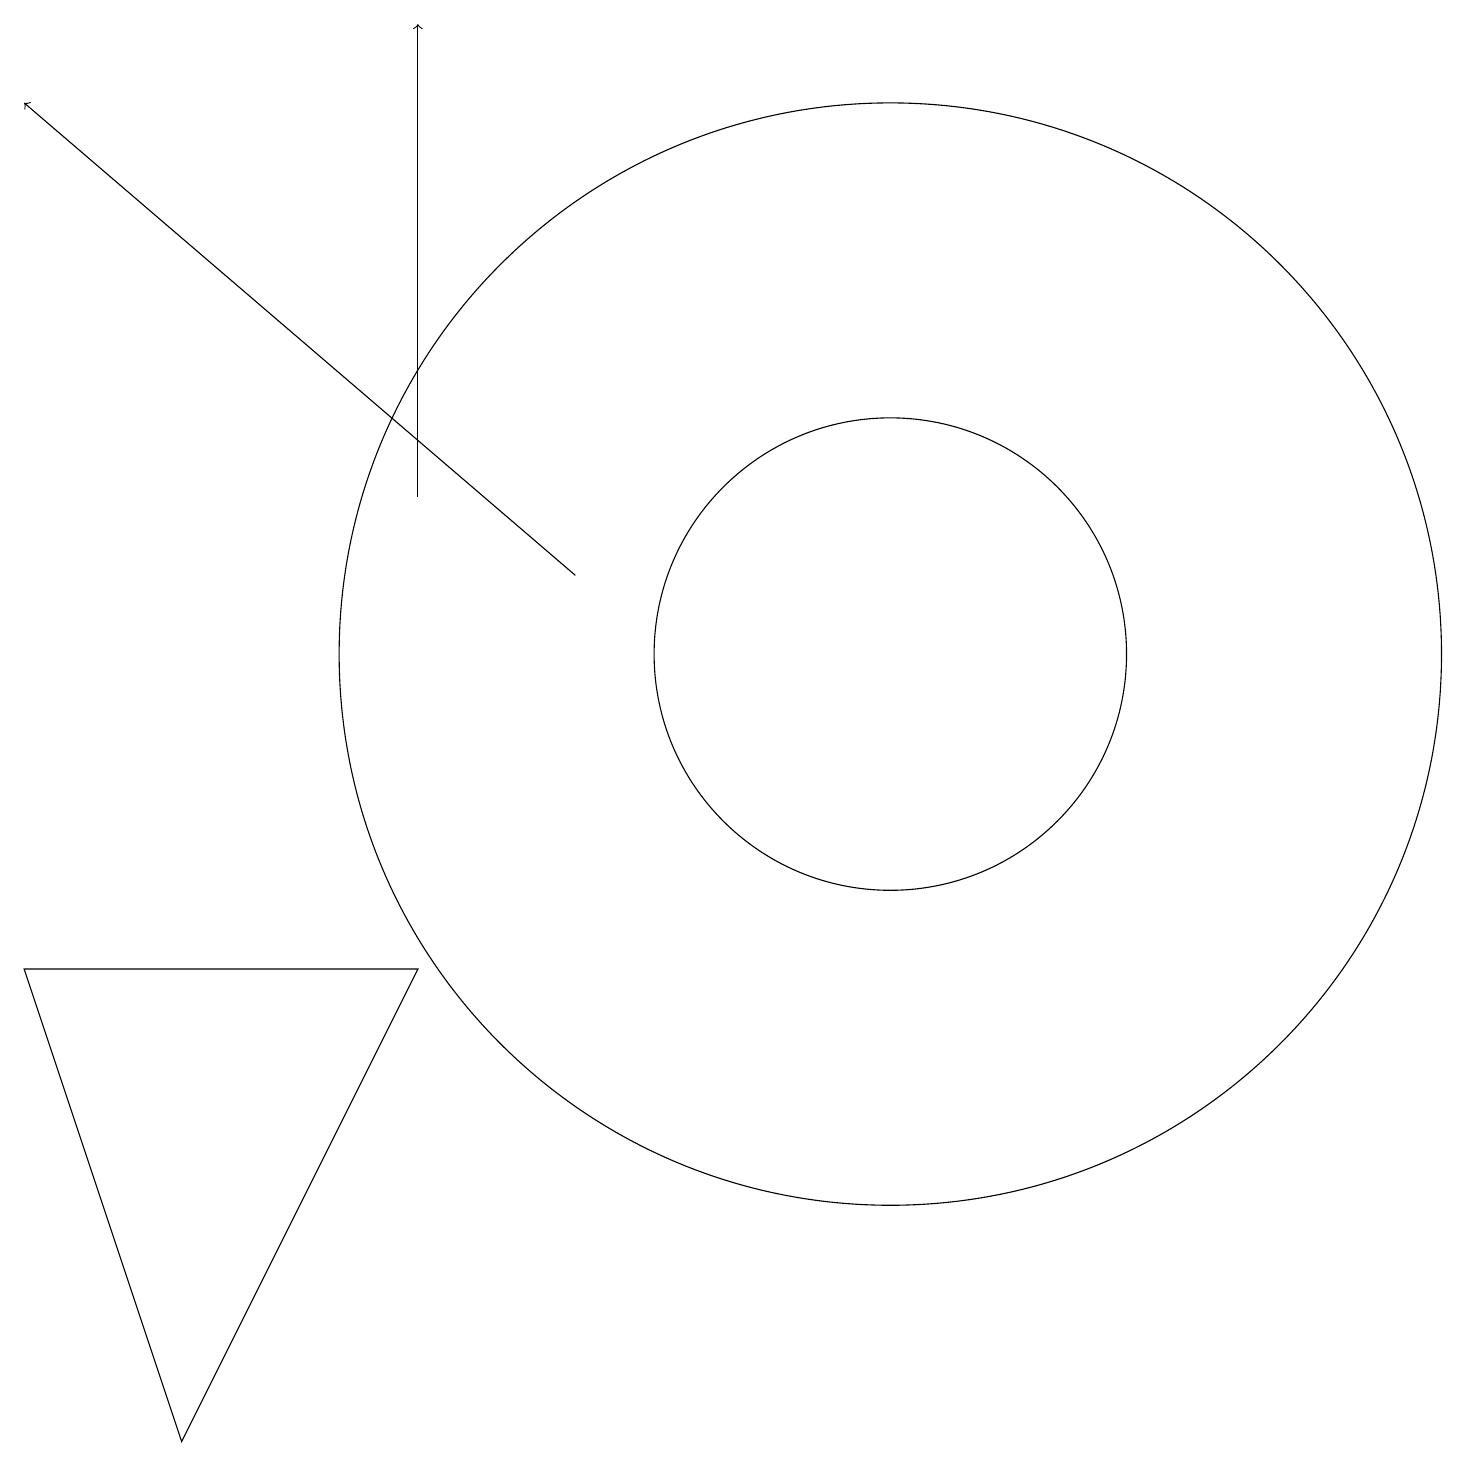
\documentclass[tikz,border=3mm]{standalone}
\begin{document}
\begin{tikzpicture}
\draw (1,7) -- (6,7) -- (3,1) -- cycle;
\draw[->] (8,12) -- (1,18);
\draw (12,11) circle (7);
\draw[->] (6,13) -- (6,19);
\draw (12,11) circle (3);
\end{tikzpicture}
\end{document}